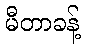
မီတာခန့်